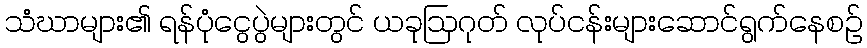
သံဃာများ၏ ရန်ပုံငွေပွဲများတွင် ယခုဩဂုတ် လုပ်ငန်းများဆောင်ရွက်နေစဉ်